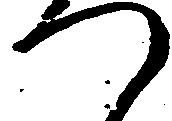
つ